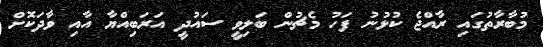
މުބާރާތުގައި ރާއްޖެ ކުޅުނު ފަހު މެޗުން ބަލިވީ ސައުދީ އަރަބިއްޔާ އާއި ވާދަކޮށް